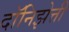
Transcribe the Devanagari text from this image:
दॉनिझेत्ती